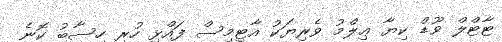
ޓާޓްލް ވޫޑް ކިޔާ ޢިލްމު ވެރިޔަކު އާޓިމިސް ފައްޅި ހުރި ހިސާބު ކޮނެ